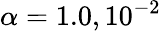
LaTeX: \alpha=1.0,10^{-2}